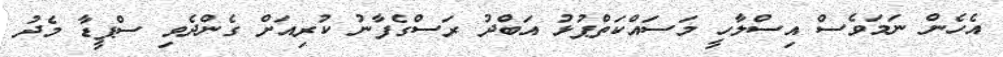
އެހެން ނަމަވެސް އިސްލާހީ މަސައްކަތްޕުޅު އަބްދު ރަސްގެފާނު ކުރިއަށް ގެންދެވި ސްޕީޑާ މެދު